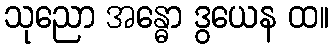
သုညော အန္ဓော ဒွယေန ထ။